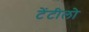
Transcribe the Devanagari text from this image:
टेंटीलो